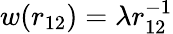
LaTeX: w(r_{12})=\lambda r_{12}^{-1}